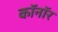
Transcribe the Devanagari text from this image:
कॉनॉर